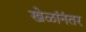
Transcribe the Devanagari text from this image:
खेळांनंतर